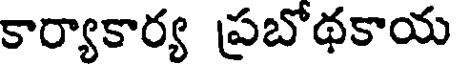
కార్యాకార్య ప్రబోథకాయ